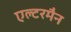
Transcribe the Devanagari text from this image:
एल्टरमैन